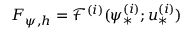
F _ { \psi , h } = \mathcal { F } ^ { ( i ) } ( \psi _ { * } ^ { ( i ) } ; \boldsymbol { u } _ { * } ^ { ( i ) } )